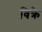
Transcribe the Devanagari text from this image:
विक्रे